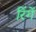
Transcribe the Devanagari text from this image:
रिंगें